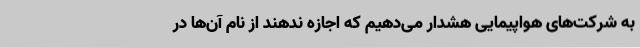
به شرکت‌های هواپیمایی هشدار می‌دهیم که اجازه ندهند از نام آن‌ها در